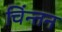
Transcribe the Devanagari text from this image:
चिंन्तन